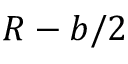
R - b / 2